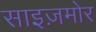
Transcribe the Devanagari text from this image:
साइज़मोर